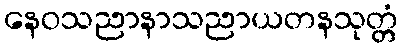
နေဝသညာနာသညာယတနသုတ္တံ